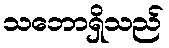
သဘောရှိသည်